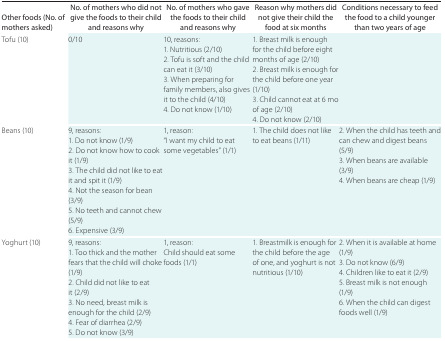
<table><thead><tr><td><b>Other foods (No. of mothers asked)</b></td><td><b>No. of mothers who did not give the foods to their child and reasons why</b></td><td><b>No. of mothers who gave the foods to their child and reasons why</b></td><td><b>Reason why mothers did not give their child the food at six months</b></td><td><b>Conditions necessary to feed the food to a child younger than two years of age</b></td></tr></thead><tbody><tr><td><b>Tofu</b> <b>(10)</b></td><td><b>0/10</b></td><td><b>10, reasons:</b> 1. Nutritious (2/10) 2. Tofu is soft and the child can eat it (3/10) 3. When preparing for family members, also gives it to the child (4/10) 4. Do not know (1/10)</td><td>1. Breast milk is enough for the child before eight months of age (2/10) 2. Breast milk is enough for the child before one year (1/10) 3. Child cannot eat at 6 mo of age (2/10) 4. Do not know (2/10)</td><td></td></tr><tr><td><b>Beans</b> <b>(10)</b></td><td><b>9, reasons:</b> 1. Do not know (1/9) 2. Do not know how to cook it (1/9) 3. The child did not like to eat it and spit it (1/9) 4. Not the season for bean (3/9) 5. No teeth and cannot chew (5/9) 6. Expensive (3/9)</td><td><b>1, reason:</b> “I want my child to eat some vegetables” (1/1)</td><td>1. The child does not like to eat beans (1/11)</td><td>2. When the child has teeth and can chew and digest beans (5/9) 3. When beans are available (3/9) 4. When beans are cheap (1/9)</td></tr><tr><td><b>Yoghurt</b> <b>(10)</b></td><td><b>9, reasons:</b> 1. Too thick and the mother fears that the child will choke (1/9) 2. Child did not like to eat it (2/9) 3. No need, breast milk is enough for the child (2/9) 4. Fear of diarrhea (2/9) 5. Do not know (3/9)</td><td><b>1, reason:</b> Child should eat some foods (1/1)</td><td>1. Breastmilk is enough for the child before the age of one, and yoghurt is not nutritious (1/10)</td><td>2. When it is available at home (1/9) 3. Do not know (6/9) 4. Children like to eat it (2/9) 5. Breast milk is not enough (1/9) 6. When the child can digest foods well (1/9)</td></tr></tbody></table>